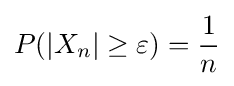
P(|X_{n}|\geq \varepsilon )={\frac {1}{n}}